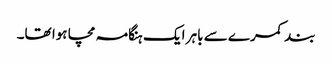
بند کمرے سے باہر ایک ہنگامہ مچا ہوا تھا۔